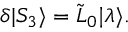
\delta | S _ { 3 } \rangle = \tilde { L } _ { 0 } { \mid } \lambda \rangle .